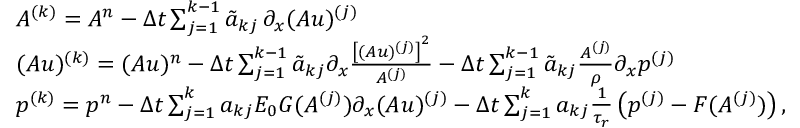
\begin{array} { r l } & { A ^ { ( k ) } = A ^ { n } - \Delta t \sum _ { j = 1 } ^ { k - 1 } \tilde { a } _ { k j } \, \partial _ { x } ( A u ) ^ { ( j ) } } \\ & { ( A u ) ^ { ( k ) } = ( A u ) ^ { n } - \Delta t \sum _ { j = 1 } ^ { k - 1 } \tilde { a } _ { k j } \partial _ { x } \frac { \left[ ( A u ) ^ { ( j ) } \right] ^ { 2 } } { A ^ { ( j ) } } - \Delta t \sum _ { j = 1 } ^ { k - 1 } \tilde { a } _ { k j } \frac { A ^ { ( j ) } } { \rho } \partial _ { x } p ^ { ( j ) } } \\ & { p ^ { ( k ) } = p ^ { n } - \Delta t \sum _ { j = 1 } ^ { k } a _ { k j } E _ { 0 } G ( A ^ { ( j ) } ) \partial _ { x } ( A u ) ^ { ( j ) } - \Delta t \sum _ { j = 1 } ^ { k } a _ { k j } \frac { 1 } { \tau _ { r } } \left( p ^ { ( j ) } - F ( A ^ { ( j ) } ) \right) , } \end{array}